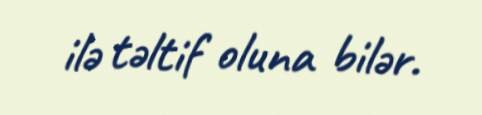
ilə təltif oluna bilər.